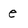
Character: e